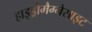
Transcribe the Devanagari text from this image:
हाइड्रोमैग्नेसाइट